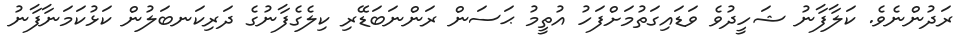
ރަދުންނެވެ. ކަލާފާނު ޝަހީދުވެ ވަޑައިގަތުމަށްފަހު އުތީމު ޙަސަން ރަންނަބަޑޭރި ކިލެގެފާނުގެ ދަރިކަނބަލުން ކަޅުކަމަނާފާނު